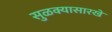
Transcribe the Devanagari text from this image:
सुळक्यासारखे